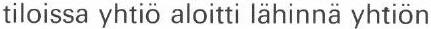
tiloissa yhtiö aloitti lähinnä yhtiön